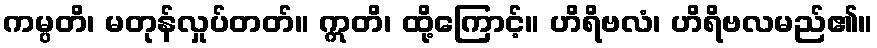
ကမ္ပတိ၊ မတုန်လှုပ်တတ်။ ဣတိ၊ ထို့ကြောင့်။ ဟိရိဗလံ၊ ဟိရိဗလမည်၏။